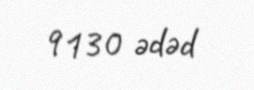
9130 ədəd